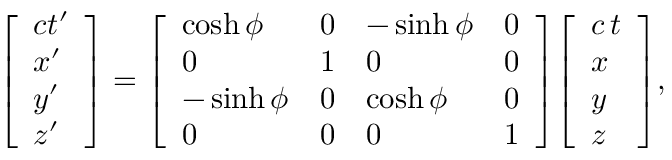
{ \left[ \begin{array} { l } { c t ^ { \prime } } \\ { x ^ { \prime } } \\ { y ^ { \prime } } \\ { z ^ { \prime } } \end{array} \right] } = { \left[ \begin{array} { l l l l } { \cosh \phi } & { 0 } & { - \sinh \phi } & { 0 } \\ { 0 } & { 1 } & { 0 } & { 0 } \\ { - \sinh \phi } & { 0 } & { \cosh \phi } & { 0 } \\ { 0 } & { 0 } & { 0 } & { 1 } \end{array} \right] } { \left[ \begin{array} { l } { c \, t } \\ { x } \\ { y } \\ { z } \end{array} \right] } ,